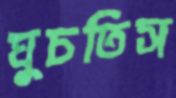
ঘুচতিস